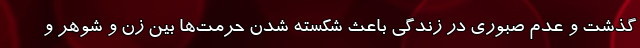
گذشت و عدم صبوری در زندگی باعث شکسته شدن حرمت‌ها بین زن و شوهر و